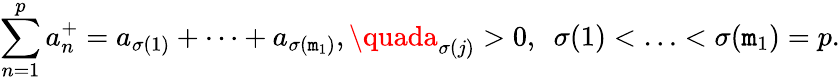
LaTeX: \sum_{n=1}^{p}a_{n}^{+}=a_{\sigma(1)}+\cdots+a_{\sigma(\mathtt{m}_{1})},\quada_{\sigma(j)}>0,\ \ \sigma(1)<\ldots<\sigma(\mathtt{m}_{1})=p.